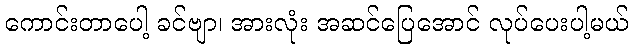
ကောင်းတာပေါ့ ခင်ဗျာ၊ အားလုံး အဆင်ပြေအောင် လုပ်ပေးပါ့မယ်